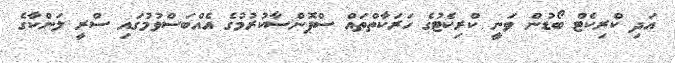
އަދި ކްރިކެޓް ބޯޑުން ވަނީ ކްރިކެޓުގެ ހަރަކާތްތައް ސްޕޮންސާކުރުމުގެ އެއްބަސްވުމުގައި ސްރީ ލަންކާގެ